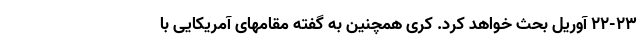
۲۲-۲۳ آوریل بحث خواهد کرد. کری همچنین به گفته مقامهای آمریکایی با